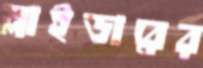
স্লাইডারের